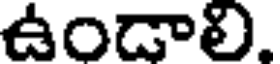
ఉండాలి.